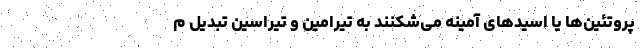
پروتئین‌ها یا اسیدهای آمینه می‌شکنند به تیرامین و تیراسین تبدیل م